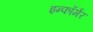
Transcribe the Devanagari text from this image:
इन्फॉर्मर